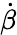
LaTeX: \dot{\beta}